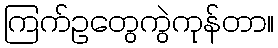
ကြက်ဥတွေကွဲကုန်တာ။